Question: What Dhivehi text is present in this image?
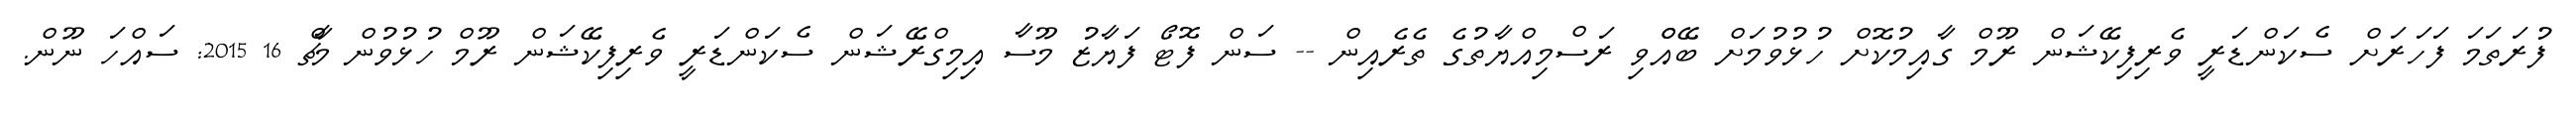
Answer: ފުރަތަމަ ފަހަރަށް ސެކަންޑަރީ ވެރިފިކޭޝަން ރޫމް ގާއިމުކޮށް ހުޅުވުމަށް ބޭއްްވި ރަސްމިއްޔާތުގެ ތެރެއިން -- ސަން ފޮޓޯ ފަޔާޒު މޫސާ އިމިގްރޭޝަން ސެކަންޑަރީ ވެރިފިކޭޝަން ރޫމް ހުޅުވުން މާޗް 16 2015: ސައްހަ ނޫން.